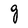
Character: g